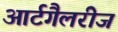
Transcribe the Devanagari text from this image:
आर्टगैलरीज